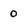
Character: 0